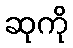
ဆုကို